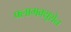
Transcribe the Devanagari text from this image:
फ्लामक्यूशेन